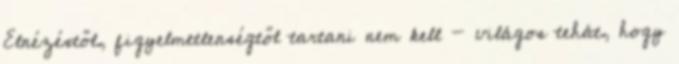
Elnézéstől, figyelmetlenségtől tartani nem kell - világos tehát, hogy